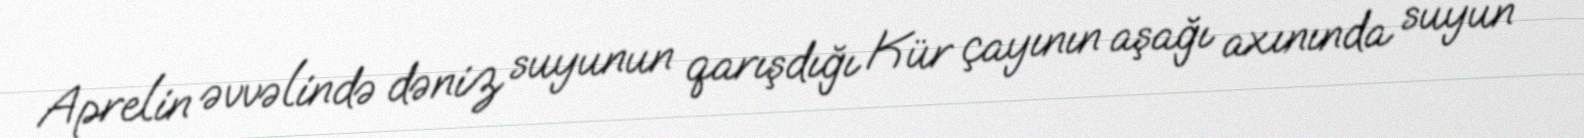
Aprelin əvvəlində dəniz suyunun qarışdığı Kür çayının aşağı axınında suyun